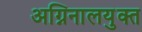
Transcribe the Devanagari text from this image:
अग्निनालयुक्त